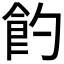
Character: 𩚈